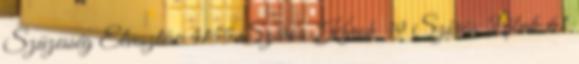
Szüzesség Elvesztése 4155 Szőrös Karok 39 Szőrös Lábak 61